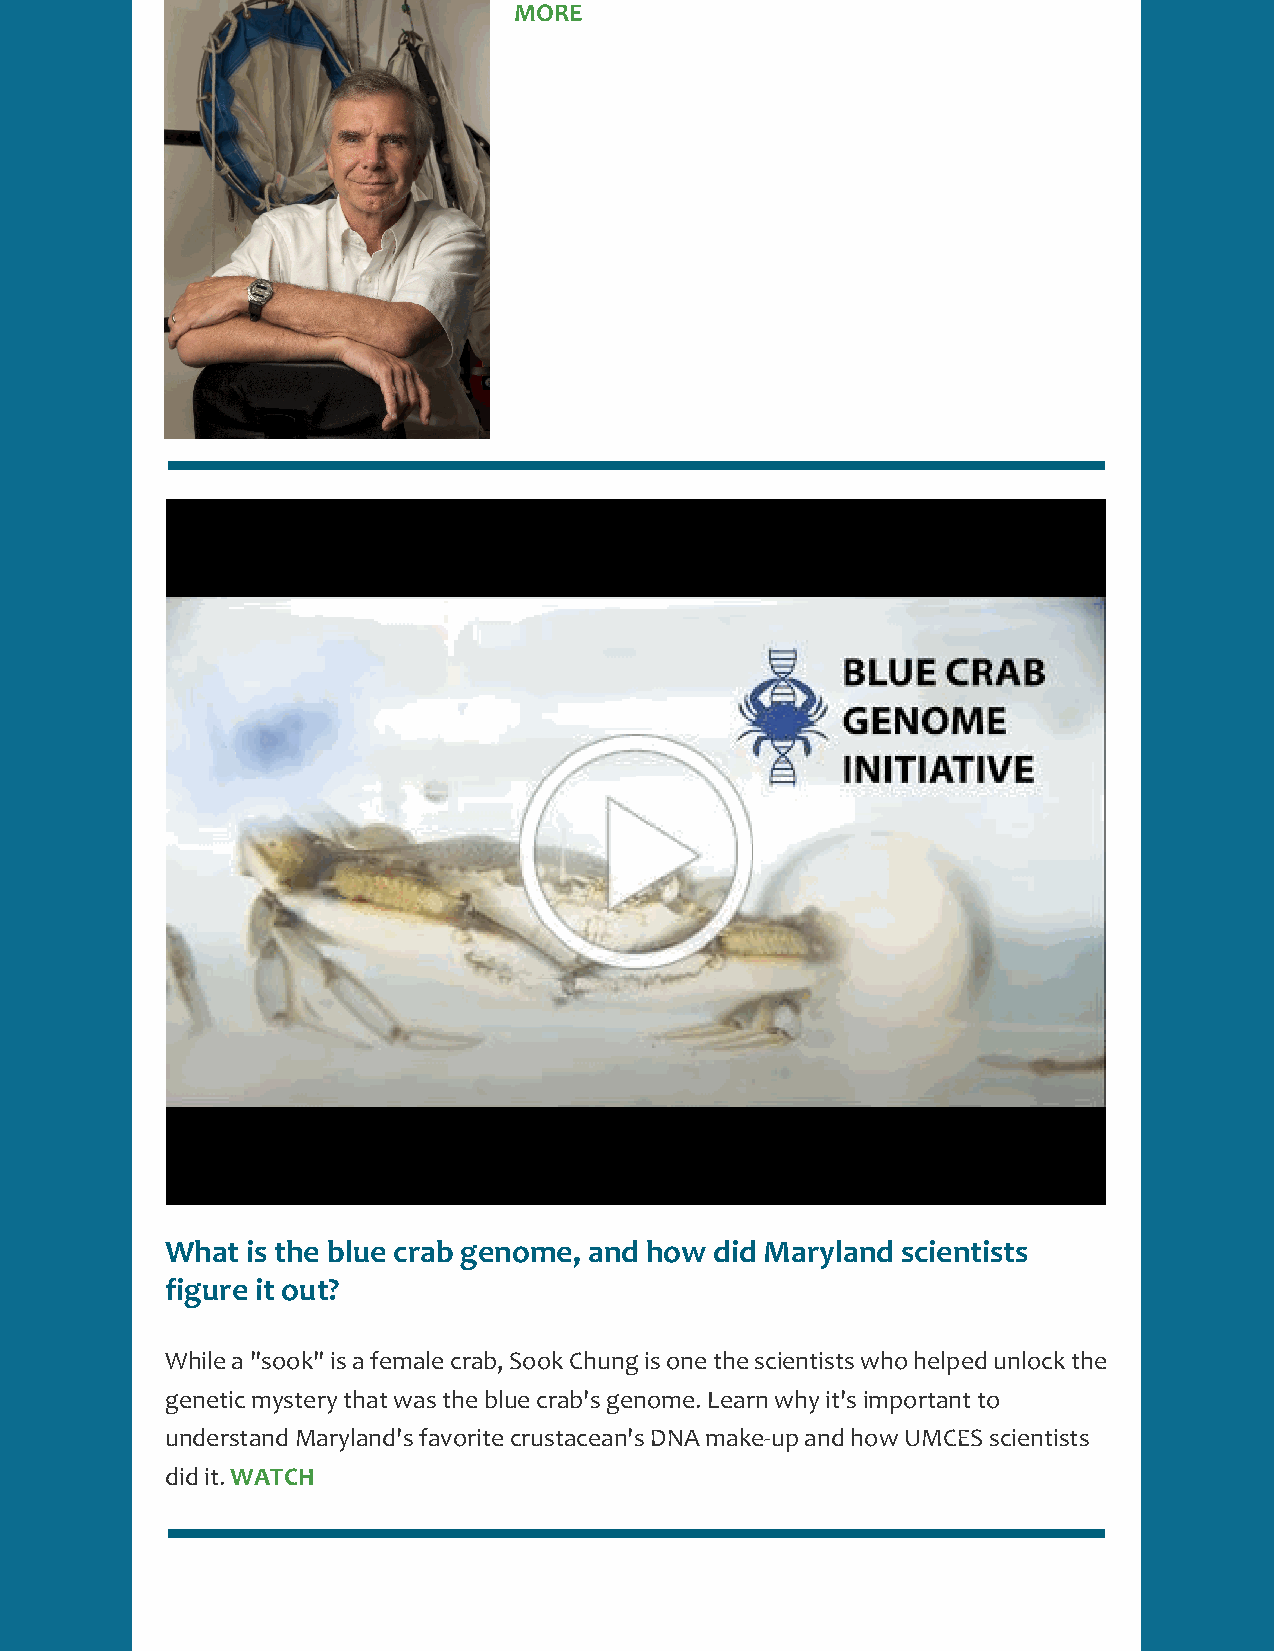
MORE
 What is the blue crab genome, and how did Maryland scientists
 figure it out?
 While a "sook" is a female crab, Sook Chung is one the scientists who helped unlock the
 genetic mystery that was the blue crab's genome. Learn why it's important to
 understand Maryland's favorite crustacean's DNA make-up and how UMCES scientists
 did it. WATCH